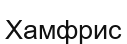
Хамфрис